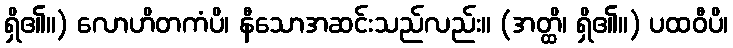
ရှိ၏။) လောဟိတကံပိ၊ နီသောအဆင်းသည်လည်း။ (အတ္ထိ၊ ရှိ၏။) ပထဝီပိ၊